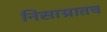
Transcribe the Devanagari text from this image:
निसाग्रातच